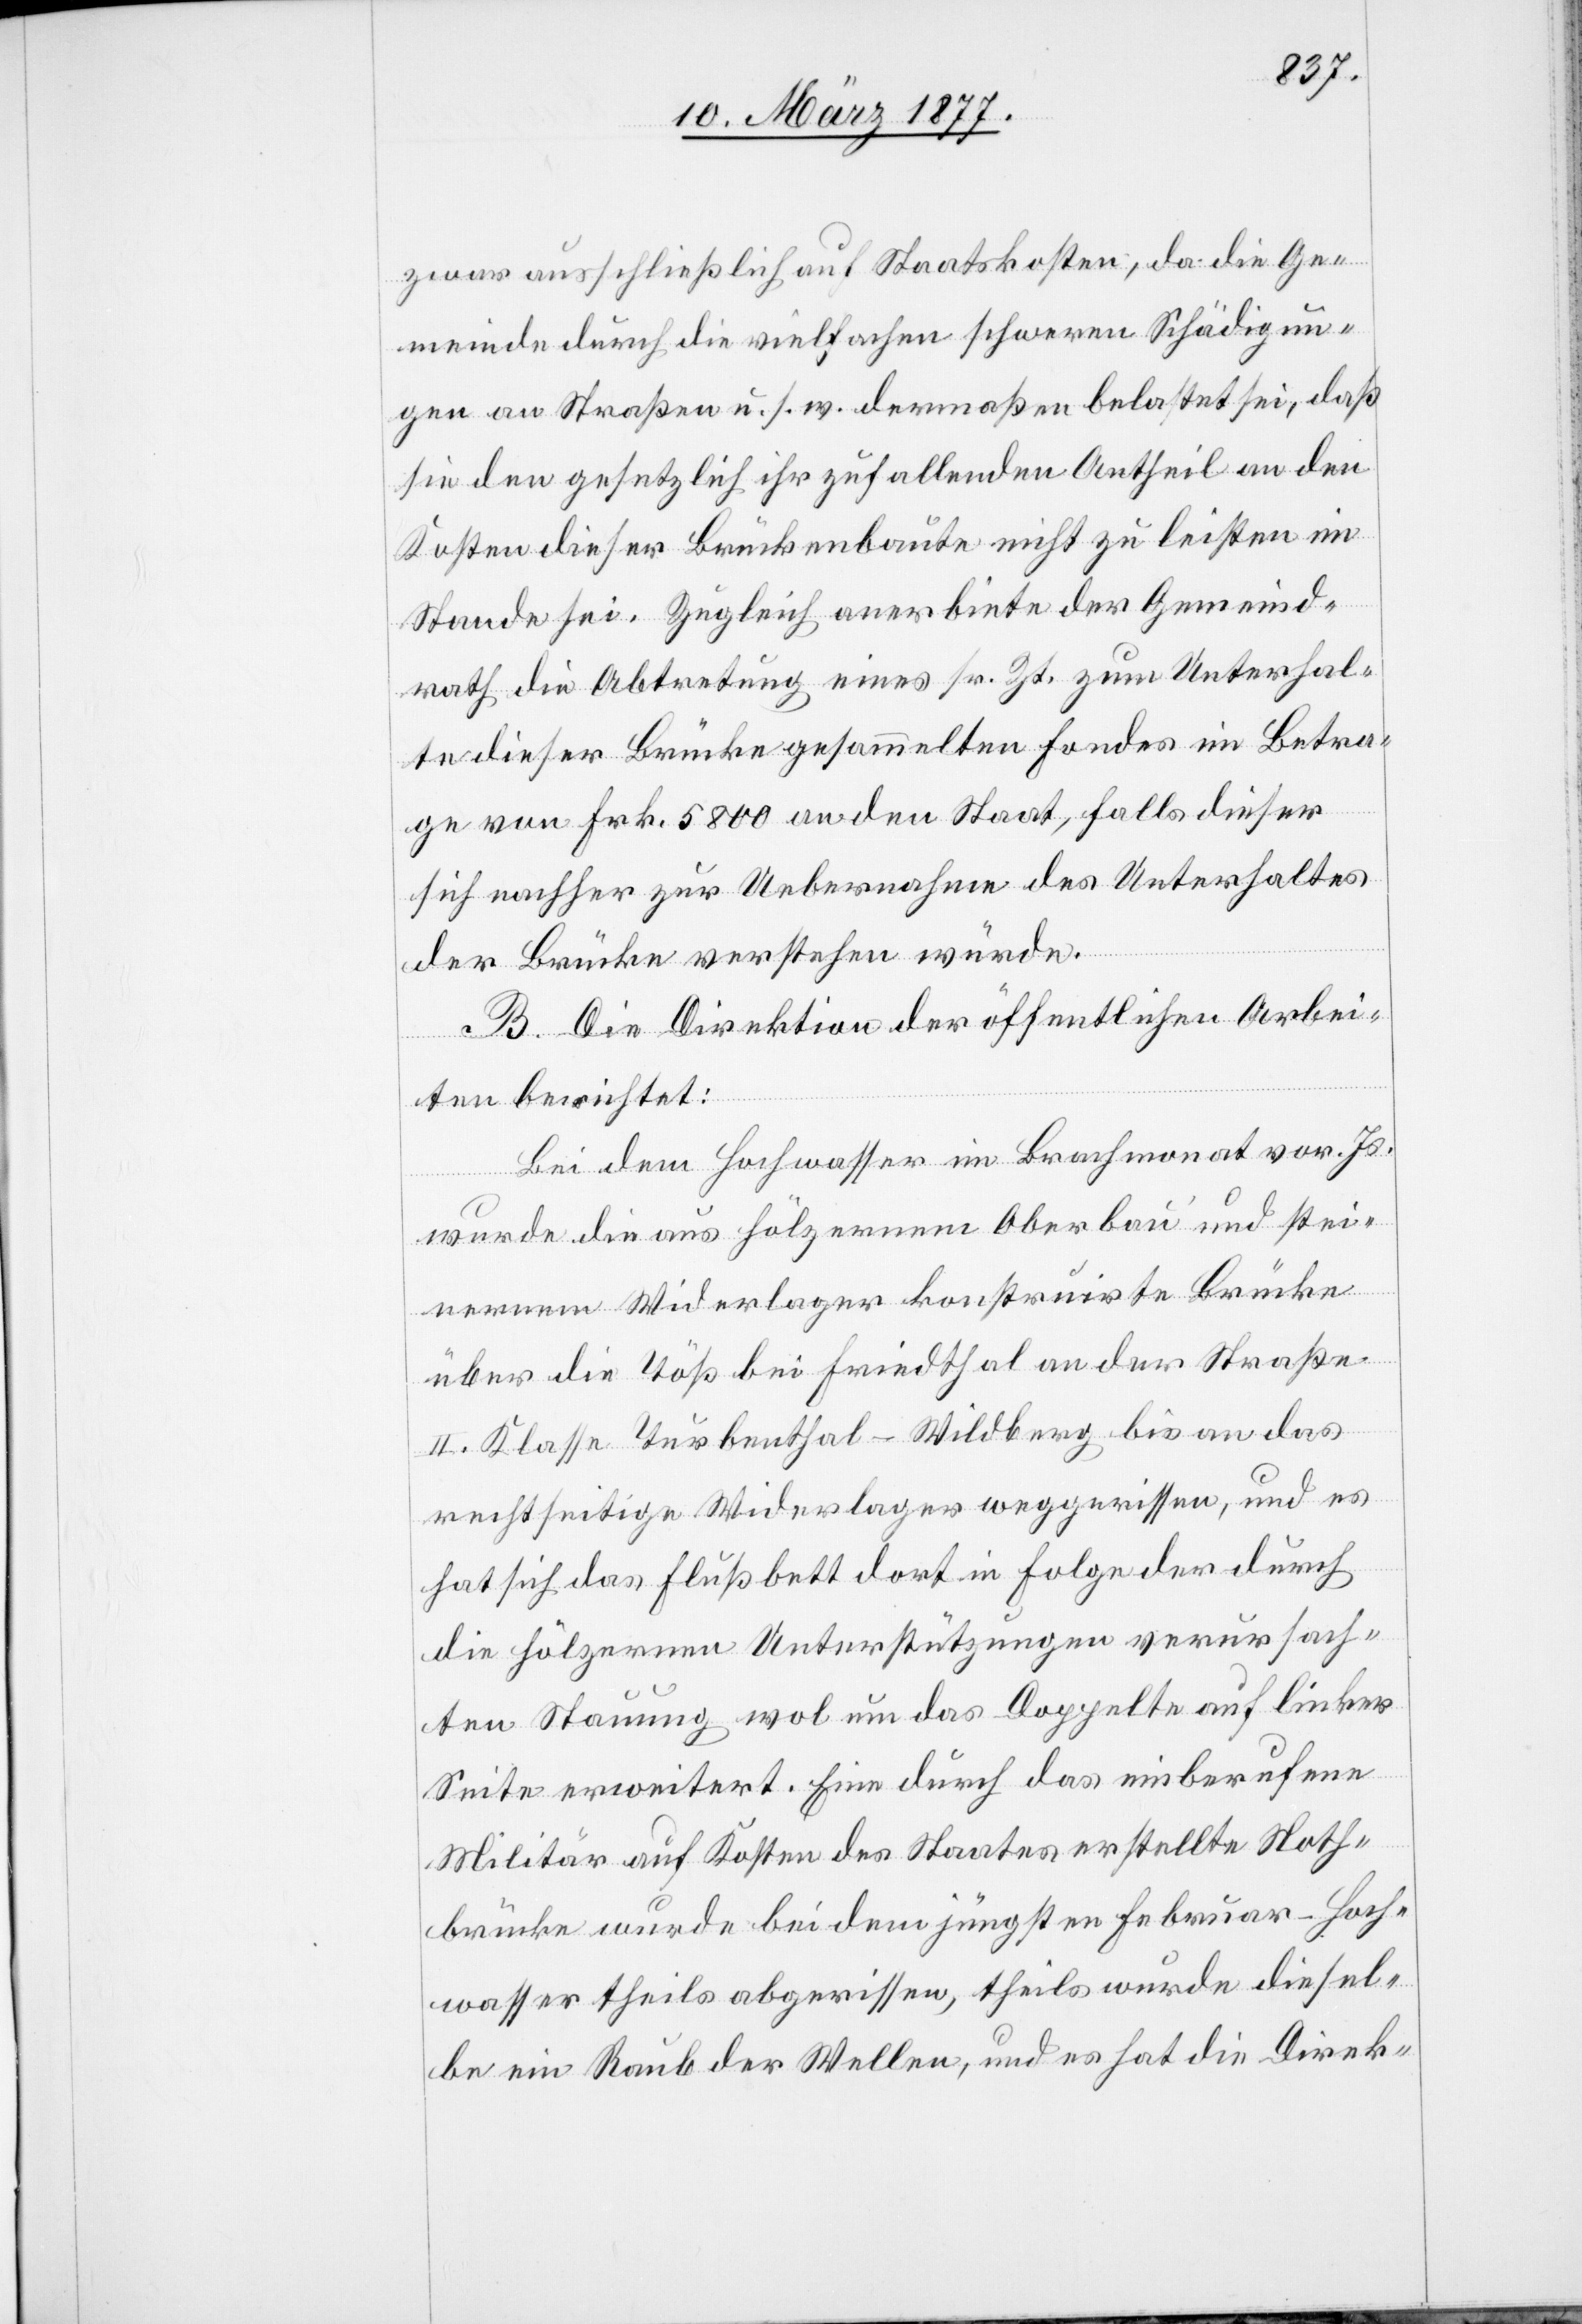
zwar ausschließlich auf Staatskosten, da die Ge¬
meinde durch die vielfachen schweren Schädigun¬
gen an Straßen u. s. w. dermaßen belastet sei, daß
sie den gesetzlich ihr zufallenden Antheil an den
Kosten dieser Brückenbaute nicht zu leisten im
Stande sei. Zugleich anerbiete der Gemeind¬
rath die Abtretung eines sr. Zt. zum Unterhal¬
te dieser Brücke gesammelten Fondes im Betra¬
ge von Frk. 5800 an den Staat, falls dieser
sich nachher zur Uebernahme des Unterhaltes
der Brücke verstehen würde.
B. Die Direktion der öffentlichen Arbei¬
ten berichtet:
Bei dem Hochwasser im Brachmonat vor. Js.
wurde die aus hölzernem Oberbau und stei¬
nernem Widerlager konstruirte Brücke
über die Töß bei Friedthal an der Straße
II. Klasse Turbenthal–Wildberg bis an das
rechtseitige Widerlager weggerissen, und es
hat sich das Flußbett dort in Folge der durch
die hölzernen Unterstützungen verursach¬
ten Stauung wol um das Doppelte auf linker
Seite erweitert. Eine durch das einberufene
Militär auf Kosten des Staates erstellte Noth¬
brücke wurde bei dem jüngsten Februar-Hoch¬
wasser theils abgerissen, theils wurde diesel¬
be ein Raub der Wellen, und es hat die Direk-